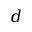
d